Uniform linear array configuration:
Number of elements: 4
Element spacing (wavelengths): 0.5
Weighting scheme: exponential
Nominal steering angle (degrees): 30
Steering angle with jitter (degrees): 28.509
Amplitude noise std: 0.05
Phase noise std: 0.05

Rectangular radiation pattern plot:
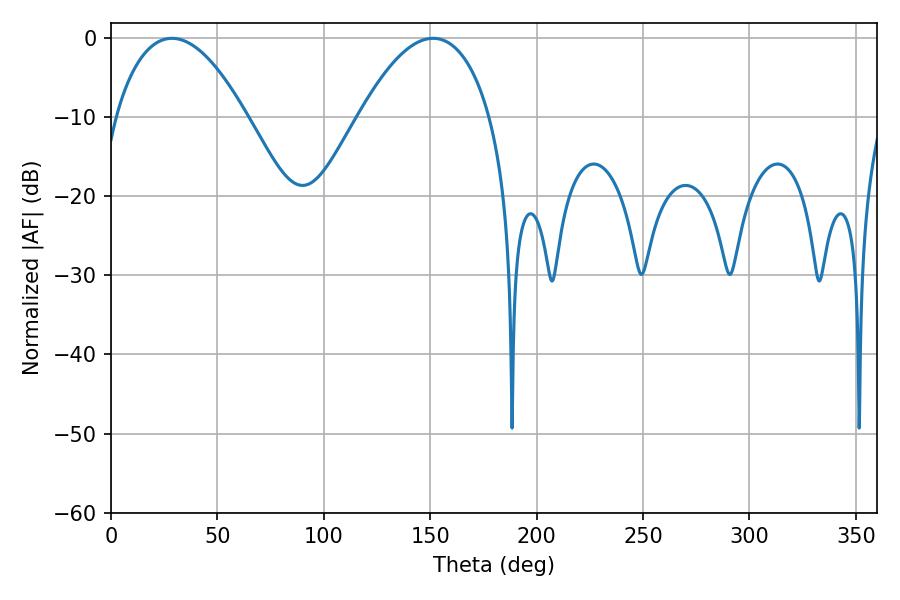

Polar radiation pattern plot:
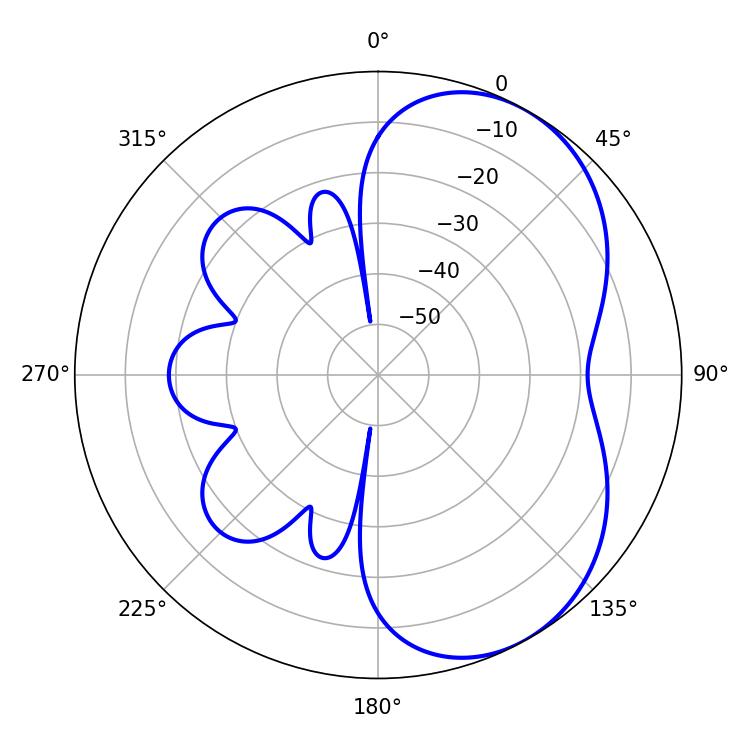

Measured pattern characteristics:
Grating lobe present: FALSE
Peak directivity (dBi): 4.995
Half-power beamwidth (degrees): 34.2
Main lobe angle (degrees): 28.62